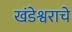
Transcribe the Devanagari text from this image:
खंडेश्वराचे